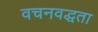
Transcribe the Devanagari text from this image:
वचनवद्धता